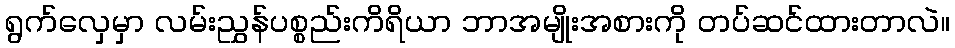
ရွက်လှေမှာ လမ်းညွှန်ပစ္စည်းကိရိယာ ဘာအမျိုးအစားကို တပ်ဆင်ထားတာလဲ။